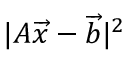
| A { \overrightarrow { x } } - { \overrightarrow { b } } | ^ { 2 }